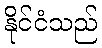
နိုင်ငံသည်